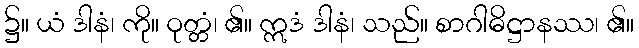
၌။ ယံ ဒါနံ၊ ကို။ ဝုတ္တံ၊ ၏။ ဣဒံ ဒါနံ၊ သည်။ စာဂါဓိဋ္ဌာနဿ၊ ၏။